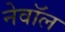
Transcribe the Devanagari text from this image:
नेवॉल